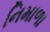
નિમાળા